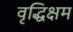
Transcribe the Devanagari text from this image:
वृद्धिक्षम